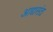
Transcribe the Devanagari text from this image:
आद्यसंत